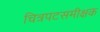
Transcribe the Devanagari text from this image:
चित्रपटसमीक्षक